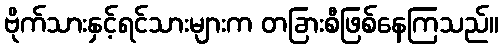
ဗိုက်သားနှင့်ရင်သားများက တခြားစီဖြစ်နေကြသည်။